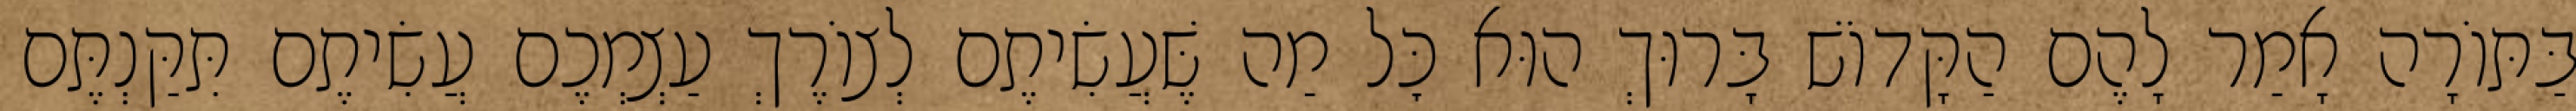
בַּתּוֹרָה אָמַר לָהֶם הַקָּדוֹשׁ בָּרוּךְ הוּא כׇּל מַה שֶּׁעֲשִׂיתֶם לְצוֹרֶךְ עַצְמְכֶם עֲשִׂיתֶם תִּקַּנְתֶּם